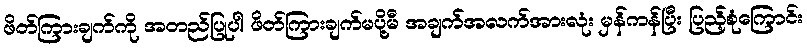
ဖိတ်ကြားချက်ကို အတည်ပြုပါ ဖိတ်ကြားချက်မပို့မီ အချက်အလက်အားလုံး မှန်ကန်ပြီး ပြည့်စုံကြောင်း